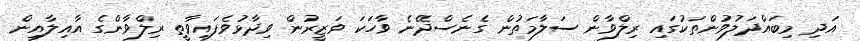
އަދި މިބައްދަލުވުންތަކުގައި ރިލްވާން ސަލާމަތުން ގެނެސްދޭނެ ވާހަކަ ވަޒީރުން ވިދާޅުވެފައިވާތީ ރިލްވާންގެ އާއިލާއިން